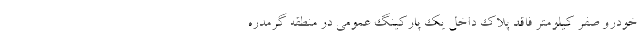
خودرو صفر کیلومتر فاقد پلاک داخل یک پارکینگ عمومی در منطقه گرمدره